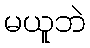
မယူဘဲ